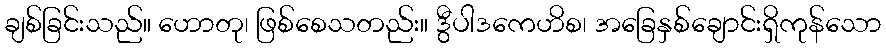
ချစ်ခြင်းသည်။ ဟောတု၊ ဖြစ်စေသတည်း။ ဒွီပါဒကေဟိစ၊ အခြေနှစ်ချောင်းရှိကုန်သော